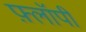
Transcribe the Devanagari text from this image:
फ़्लॉपी